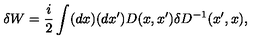
\delta W = { \frac { i } { 2 } } \int ( d x ) ( d x ^ { \prime } ) D ( x , x ^ { \prime } ) \delta D ^ { - 1 } ( x ^ { \prime } , x ) ,